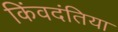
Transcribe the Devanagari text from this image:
किंवदंतिया